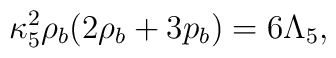
\kappa^2_5\rho_b(2\rho_b+3p_b)=6\Lambda_5,